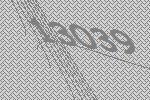
13039